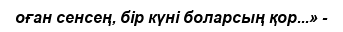
оған сенсең, бір күні боларсың қор...» -